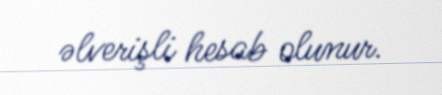
əlverişli hesab olunur.